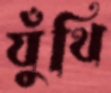
যুঁথি